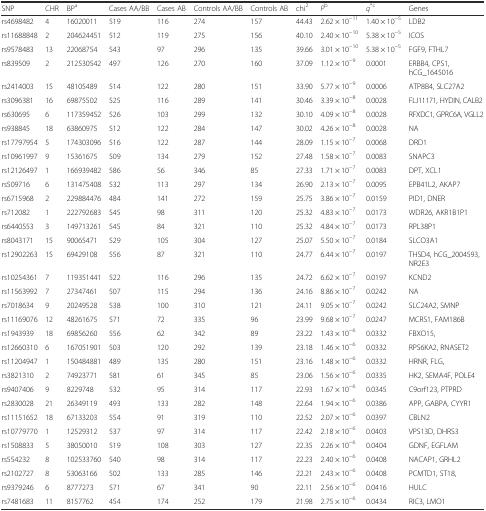
<table><thead><tr><td><b>SNP</b></td><td><b>CHR</b></td><td><b>BP<sup>a</sup></b></td><td><b>Cases AA/BB</b></td><td><b>Cases AB</b></td><td><b>Controls AA/BB</b></td><td><b>Controls AB</b></td><td><b>chi<sup>2</sup></b></td><td><b><i>P</i><sup>b</sup></b></td><td><b><i>q</i><sup>*c</sup></b></td><td><b>Genes</b></td></tr></thead><tbody><tr><td>rs4698482</td><td>4</td><td>16020011</td><td>519</td><td>116</td><td>274</td><td>157</td><td>44.43</td><td>2.62 × 10<sup>−11</sup></td><td>1.40 × 10<sup>−5</sup></td><td>LDB2</td></tr><tr><td>rs11688848</td><td>2</td><td>204624451</td><td>512</td><td>119</td><td>275</td><td>156</td><td>40.10</td><td>2.40 × 10<sup>−10</sup></td><td>5.38 × 10<sup>−5</sup></td><td>ICOS</td></tr><tr><td>rs9578483</td><td>13</td><td>22068754</td><td>543</td><td>97</td><td>296</td><td>135</td><td>39.66</td><td>3.01 × 10<sup>−10</sup></td><td>5.38 × 10<sup>−5</sup></td><td>FGF9, FTHL7</td></tr><tr><td>rs839509</td><td>2</td><td>212530542</td><td>497</td><td>126</td><td>270</td><td>160</td><td>37.09</td><td>1.12 × 10<sup>−9</sup></td><td>0.0001</td><td>ERBB4, CPS1, hCG_1645016</td></tr><tr><td>rs2414003</td><td>15</td><td>48105489</td><td>514</td><td>122</td><td>280</td><td>151</td><td>33.90</td><td>5.77 × 10<sup>−9</sup></td><td>0.0006</td><td>ATP8B4, SLC27A2</td></tr><tr><td>rs3096381</td><td>16</td><td>69875502</td><td>525</td><td>116</td><td>289</td><td>141</td><td>30.46</td><td>3.39 × 10<sup>−8</sup></td><td>0.0028</td><td>FLJ11171, HYDIN, CALB2</td></tr><tr><td>rs630695</td><td>6</td><td>117359452</td><td>526</td><td>103</td><td>299</td><td>132</td><td>30.10</td><td>4.09 × 10<sup>−8</sup></td><td>0.0028</td><td>RFXDC1, GPRC6A, VGLL2</td></tr><tr><td>rs938845</td><td>18</td><td>63860975</td><td>512</td><td>122</td><td>284</td><td>147</td><td>30.02</td><td>4.26 × 10<sup>−8</sup></td><td>0.0028</td><td>NA</td></tr><tr><td>rs17797954</td><td>5</td><td>174303096</td><td>516</td><td>122</td><td>287</td><td>144</td><td>28.09</td><td>1.15 × 10<sup>−7</sup></td><td>0.0068</td><td>DRD1</td></tr><tr><td>rs10961997</td><td>9</td><td>15361675</td><td>509</td><td>134</td><td>279</td><td>152</td><td>27.48</td><td>1.58 × 10<sup>−7</sup></td><td>0.0083</td><td>SNAPC3</td></tr><tr><td>rs12126497</td><td>1</td><td>166939482</td><td>586</td><td>56</td><td>346</td><td>85</td><td>27.33</td><td>1.71 × 10<sup>−7</sup></td><td>0.0083</td><td>DPT, XCL1</td></tr><tr><td>rs509716</td><td>6</td><td>131475408</td><td>532</td><td>113</td><td>297</td><td>134</td><td>26.90</td><td>2.13 × 10<sup>−7</sup></td><td>0.0095</td><td>EPB41L2, AKAP7</td></tr><tr><td>rs6715968</td><td>2</td><td>229884476</td><td>484</td><td>141</td><td>272</td><td>159</td><td>25.75</td><td>3.86 × 10<sup>−7</sup></td><td>0.0159</td><td>PID1, DNER</td></tr><tr><td>rs712082</td><td>1</td><td>222792683</td><td>545</td><td>98</td><td>311</td><td>120</td><td>25.32</td><td>4.83 × 10<sup>−7</sup></td><td>0.0173</td><td>WDR26, AKR1B1P1</td></tr><tr><td>rs6440553</td><td>3</td><td>149713261</td><td>545</td><td>84</td><td>321</td><td>110</td><td>25.32</td><td>4.84 × 10<sup>−7</sup></td><td>0.0173</td><td>RPL38P1</td></tr><tr><td>rs8043171</td><td>15</td><td>90065471</td><td>529</td><td>105</td><td>304</td><td>127</td><td>25.07</td><td>5.50 × 10<sup>−7</sup></td><td>0.0184</td><td>SLCO3A1</td></tr><tr><td>rs12902263</td><td>15</td><td>69429108</td><td>556</td><td>87</td><td>321</td><td>110</td><td>24.77</td><td>6.44 × 10<sup>−7</sup></td><td>0.0197</td><td>THSD4, hCG_2004593, NR2E3</td></tr><tr><td>rs10254361</td><td>7</td><td>119351441</td><td>522</td><td>116</td><td>296</td><td>135</td><td>24.72</td><td>6.62 × 10<sup>−7</sup></td><td>0.0197</td><td>KCND2</td></tr><tr><td>rs11563992</td><td>7</td><td>27347461</td><td>507</td><td>115</td><td>294</td><td>136</td><td>24.16</td><td>8.86 × 10<sup>−7</sup></td><td>0.0242</td><td>NA</td></tr><tr><td>rs7018634</td><td>9</td><td>20249528</td><td>538</td><td>100</td><td>310</td><td>121</td><td>24.11</td><td>9.05 × 10<sup>−7</sup></td><td>0.0242</td><td>SLC24A2, SMNP</td></tr><tr><td>rs11169076</td><td>12</td><td>48261675</td><td>571</td><td>72</td><td>335</td><td>96</td><td>23.99</td><td>9.68 × 10<sup>−7</sup></td><td>0.0247</td><td>MCRS1, FAM186B</td></tr><tr><td>rs1943939</td><td>18</td><td>69856260</td><td>556</td><td>62</td><td>342</td><td>89</td><td>23.22</td><td>1.43 × 10<sup>−6</sup></td><td>0.0332</td><td>FBXO15,</td></tr><tr><td>rs12660310</td><td>6</td><td>167051901</td><td>503</td><td>120</td><td>292</td><td>139</td><td>23.18</td><td>1.46 × 10<sup>−6</sup></td><td>0.0332</td><td>RPS6KA2, RNASET2</td></tr><tr><td>rs11204947</td><td>1</td><td>150484881</td><td>489</td><td>135</td><td>280</td><td>151</td><td>23.16</td><td>1.48 × 10<sup>−6</sup></td><td>0.0332</td><td>HRNR, FLG,</td></tr><tr><td>rs3821310</td><td>2</td><td>74923771</td><td>581</td><td>61</td><td>345</td><td>85</td><td>23.06</td><td>1.56 × 10<sup>−6</sup></td><td>0.0335</td><td>HK2, SEMA4F, POLE4</td></tr><tr><td>rs9407406</td><td>9</td><td>8229748</td><td>532</td><td>95</td><td>314</td><td>117</td><td>22.93</td><td>1.67 × 10<sup>−6</sup></td><td>0.0345</td><td>C9orf123, PTPRD</td></tr><tr><td>rs2830028</td><td>21</td><td>26349119</td><td>493</td><td>133</td><td>282</td><td>148</td><td>22.64</td><td>1.94 × 10<sup>−6</sup></td><td>0.0386</td><td>APP, GABPA, CYYR1</td></tr><tr><td>rs11151652</td><td>18</td><td>67133203</td><td>554</td><td>91</td><td>319</td><td>110</td><td>22.52</td><td>2.07 × 10<sup>−6</sup></td><td>0.0397</td><td>CBLN2</td></tr><tr><td>rs10779770</td><td>1</td><td>12529312</td><td>537</td><td>97</td><td>314</td><td>117</td><td>22.42</td><td>2.18 × 10<sup>−6</sup></td><td>0.0403</td><td>VPS13D, DHRS3</td></tr><tr><td>rs1508833</td><td>5</td><td>38050010</td><td>519</td><td>108</td><td>303</td><td>127</td><td>22.35</td><td>2.26 × 10<sup>−6</sup></td><td>0.0404</td><td>GDNF, EGFLAM</td></tr><tr><td>rs554232</td><td>8</td><td>102533760</td><td>540</td><td>98</td><td>314</td><td>117</td><td>22.23</td><td>2.40 × 10<sup>−6</sup></td><td>0.0408</td><td>NACAP1, GRHL2</td></tr><tr><td>rs2102727</td><td>8</td><td>53063166</td><td>502</td><td>133</td><td>285</td><td>146</td><td>22.21</td><td>2.43 × 10<sup>−6</sup></td><td>0.0408</td><td>PCMTD1, ST18,</td></tr><tr><td>rs9379246</td><td>6</td><td>8777273</td><td>571</td><td>67</td><td>341</td><td>90</td><td>22.11</td><td>2.56 × 10<sup>−6</sup></td><td>0.0416</td><td>HULC</td></tr><tr><td>rs7481683</td><td>11</td><td>8157762</td><td>454</td><td>174</td><td>252</td><td>179</td><td>21.98</td><td>2.75 × 10<sup>−6</sup></td><td>0.0434</td><td>RIC3, LMO1</td></tr></tbody></table>